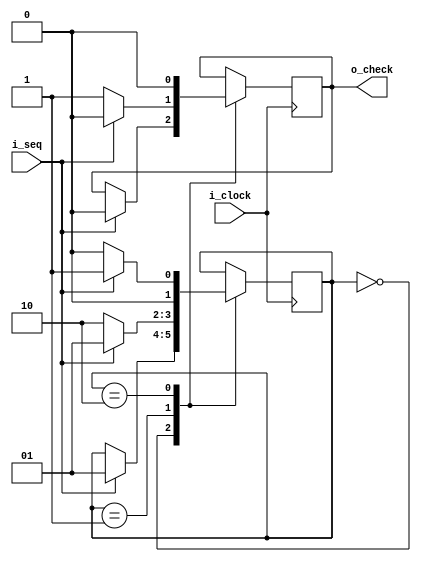
module sequence(i_seq,o_check,i_clock);

input wire i_seq,i_clock;
output reg o_check;

reg[1:0] states;

initial states=2'b00;

always @(posedge i_clock)
	begin

case(states)

2'b00:
      if(i_seq==1'b1)
         	begin
        	 states<=2'b01;
        	o_check<=0;            
         	end

2'b01:
     
      if(i_seq==1'b0)
         	begin
         	states<=2'b10;
         	o_check<=1;            
         	 end
     else
		begin
		states<=2'b01;
		o_check<=0;
		end


2'b10:
  	if(i_seq==1'b0)
         	begin
         	states<=2'b00;
         	o_check<=0;            
          	end
    	 else
		begin
		states<=2'b01;
		o_check<=0;
		end



endcase
	end




endmodule




module clockgene(clock);

output reg clock;


initial clock=0;

always
	begin
	#1
	clock=~clock;
	end

endmodule



module testsequence();

reg i_seq;
wire o_check,i_clock;

sequence s1(i_seq,o_check,i_clock);
clockgene clck(i_clock);

initial
	begin

i_seq=1;
#6
i_seq=0;
#6
i_seq=1;
#6
i_seq=1;
#6
i_seq=0;
#6
i_seq=0;
#6
i_seq=0;
#6
i_seq=1;
#6
i_seq=0;

	end



endmodule